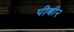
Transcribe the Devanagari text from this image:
पीबी२